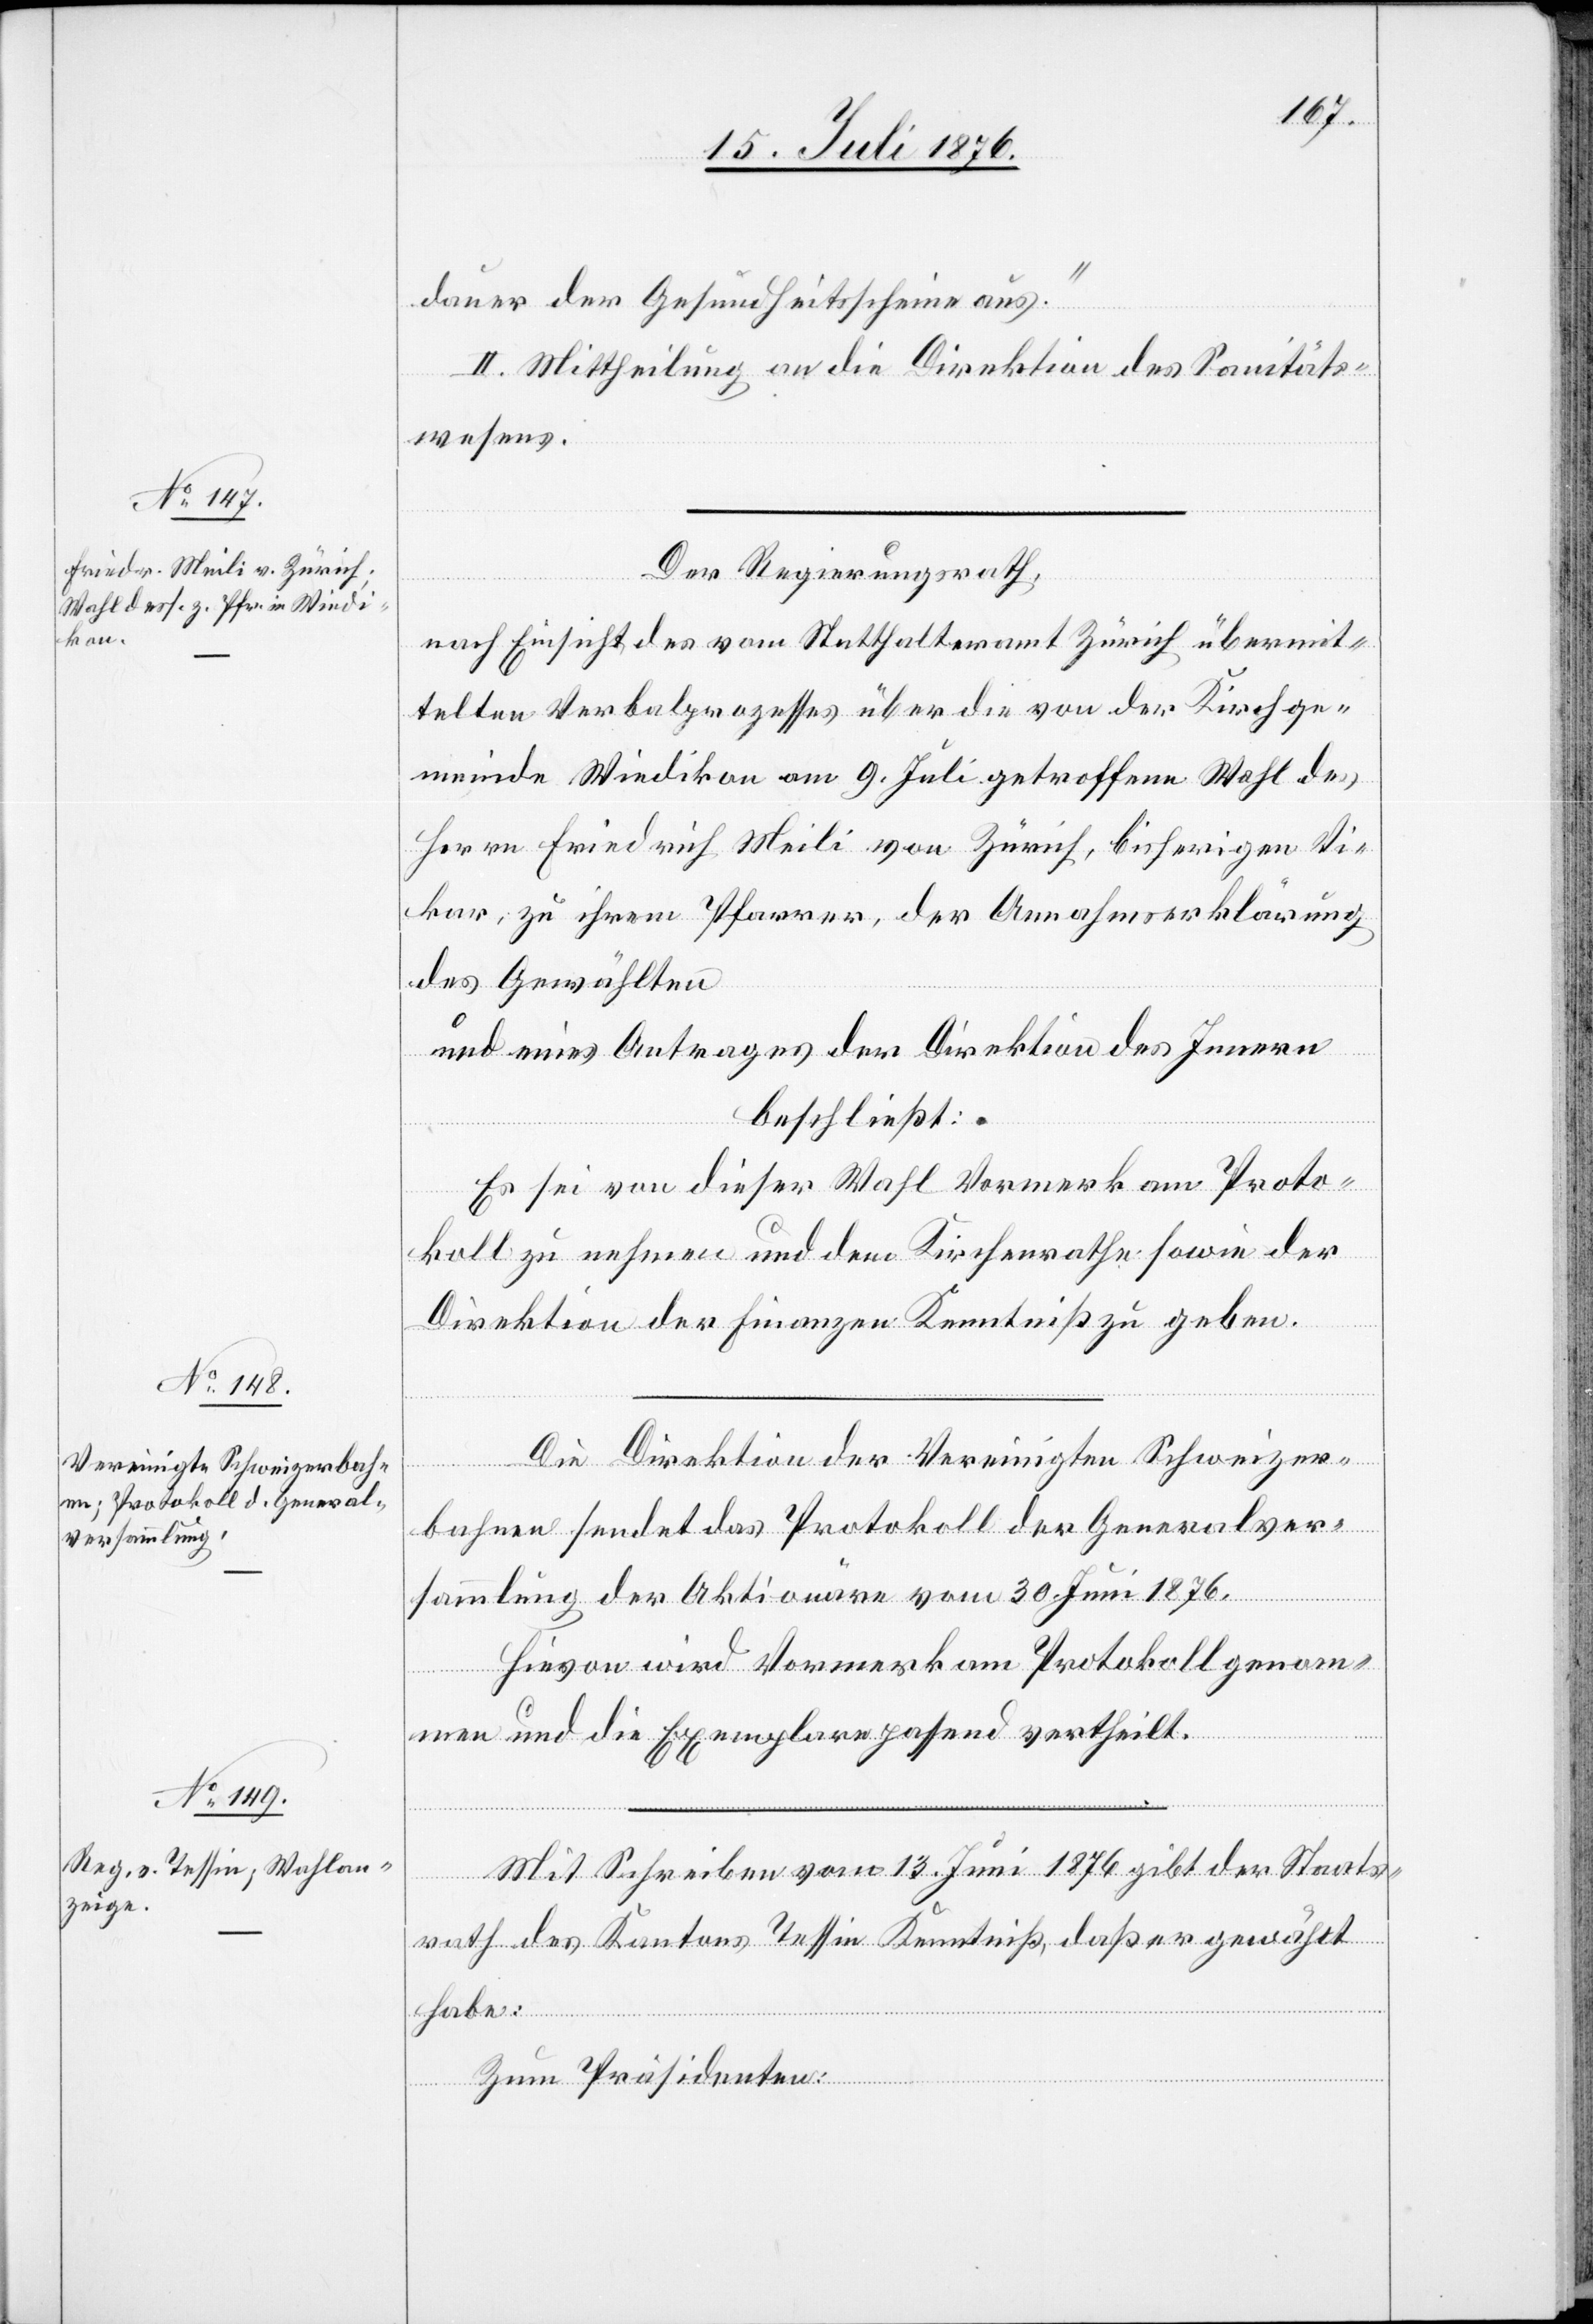
dauer der Gesundheitsscheine aus.“
II. Mittheilung an die Direktion des Sanitäts¬
wesens.
Der Regierungsrath,
nach Einsicht des vom Statthalteramt Zürich übermit¬
telten Verbalprozesses über die von der Kirchge¬
meinde Wiedikon am 9. Juli getroffene Wahl des
Herrn Friedrich Meili von Zürich, bisherigen Vi¬
kar, zu ihrem Pfarrer, der Annahmserklärung
des Gewählten
und eines Antrages der Direktion des Innern,
beschließt:
Es sei von dieser Wahl Vormerk am Proto¬
koll zu nehmen und dem Kantonsrathe sowie der
Direktion der Finanzen Kenntniß zu geben.
Die Direktion der Vereinigten Schweizer¬
bahnen sendet das Protokoll der Generalver¬
sammlung der Aktionäre vom 30. Juni 1876.
Hievon wird Vormerk am Protokoll genom¬
men und die Exemplare passend vertheilt.
Mit Schreiben vom 13. Juni 1876 gibt der Staats¬
rath des Kantons Tessin Kenntniß, daß er gewählt
habe:
Zum Präsidenten: